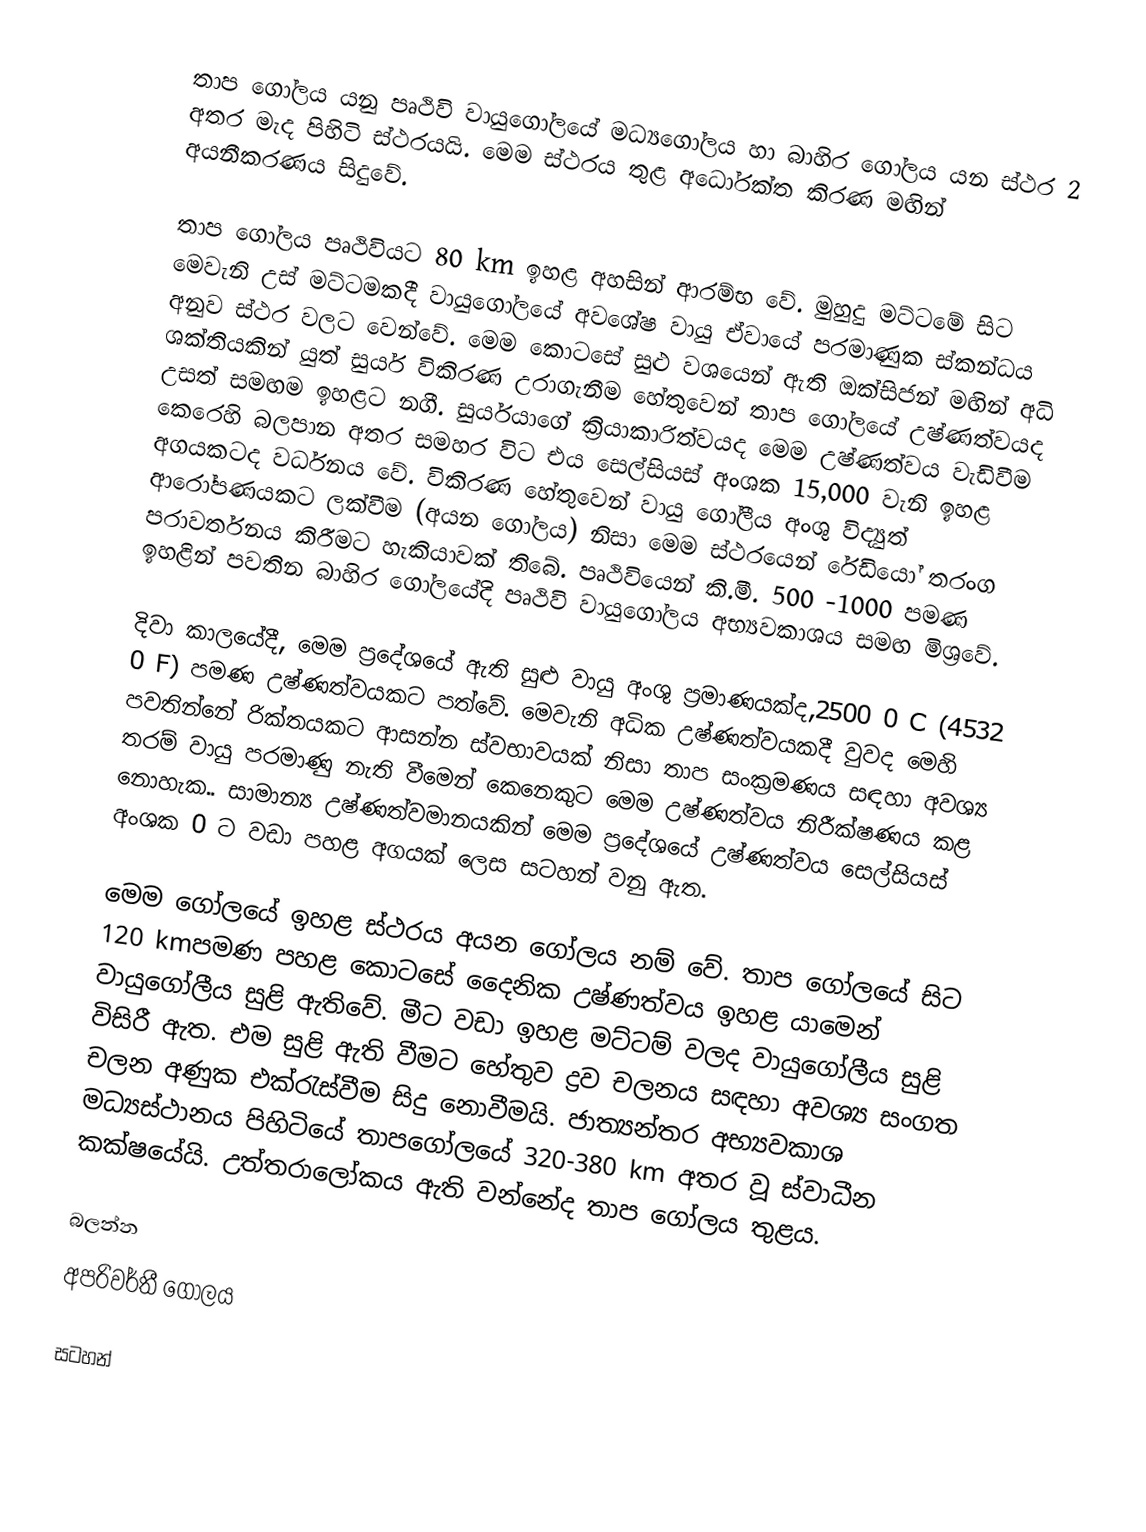
තාප ගෝලය යනු පෘථිවි වායු‍ගෝලයේ මධ්‍යගෝලය හා බාහිර ගෝලය යන ස්ථර 2 අතර මැද පිහිටි ස්ථරයයි. මෙම ස්ථරය තුළ අධෝරක්ත කිරණ මඟින් අයනීකරණය සිදුවේ.

තාප ගෝලය පෘථිවියට 80 km ඉහළ අහසින් ආරම්භ වේ. මුහුදු මට්ටමේ සිට මෙවැනි උස් මට්ටමකදී වායුගෝලයේ අවශේෂ වායු ඒවායේ පරමාණුක ස්කන්ධය අනුව ස්ථර වලට වෙන්වේ. මෙම කොටසේ සුළු වශයෙන් ඇති ඔක්සිජන් මඟින් අධි ශක්තියකින් යුත් සුර්ය විකිරණ උරාගැනීම හේතුවෙන් ‍තාප ගෝලයේ උෂ්ණත්වයද  උසත් සමඟම ඉහළට නගී. සුර්යයාගේ ක්‍රියාකාරිත්වයද මෙම උෂ්ණත්වය වැඩිවීම කෙරෙහි  බලපාන අතර සමහර විට එය සෙල්සියස් අංශක 15,000 වැනි ඉහළ අගයකටද වර්ධනය වේ. විකිරණ හේතුවෙන් වායු ගෝලීය අංශු විද්‍යුත් ආරෝපණයකට ලක්වීම  (අයන ගෝලය) නිසා මෙම ස්ථරයෙන් රේඩියෝ තරංග පරාවර්තනය කිරීමට හැකියාවක් තිබේ. පෘථිවියෙන් කි.මී. 500 -1000 පමණ ඉහළින් පවතින බාහිර ගෝලයේදි පෘථිවි වායුගෝලය අභ්‍යවකාශය සමඟ මිශ්‍රවේ.

දිවා කාලයේදී, මෙම ප්‍රදේශයේ ඇති සුළු වායු අංශු ප්‍රමාණයක්ද,2500 0 C (4532 0 F) පමණ උෂ්ණත්වයකට පත්වේ. මෙවැනි අධික උෂ්ණත්වයකදී වුවද මෙහි පවතින්නේ රික්තයකට ආසන්න ස්වභාවයක් නිසා තාප සංක්‍රමණය සඳහා අවශ්‍ය තරම් වායු පරමාණු නැති වීමෙන් කෙනෙකුට මෙම උෂ්ණත්වය නිරීක්ෂණය කළ නොහැක.. සාමාන්‍ය උෂ්ණත්වමානයකින් මෙම ප්‍රදේශයේ උෂ්ණත්වය සෙල්සියස් අංශක 0 ට  වඩා පහළ අගයක් ලෙස සටහන් වනු ඇත.

මෙම ගෝලයේ ඉහළ ස්ථරය අයන ගෝලය නම් වේ. තාප ගෝලයේ සිට 120 kmපමණ පහළ කොටසේ දෛනික උෂ්ණත්වය ඉහළ යාමෙන් වායුගෝලීය සුළි ඇතිවේ. මීට වඩා ඉහළ මට්ටම් වලද වායුගෝලීය සුළි විසිරී ඇත. එම සුළි ඇති වීමට හේතුව ද්‍රව චලනය සඳහා අවශ්‍ය සංගත චලන අණුක එක්රැස්වීම සිදු නොවීමයි. ජාත්‍යන්තර අභ්‍යවකාශ මධ්‍යස්ථානය පිහිටියේ තාප‍ගෝලයේ 320-380 km අතර වූ ස්වාධීන කක්ෂයේයි. උත්තරාලෝකය ඇති වන්නේද තාප ගෝලය තුළය.

බලන්න
 අපරිවර්තී ගෝලය

සටහන්